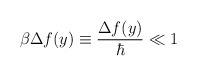
\begin{align*}\beta \Delta f(y)\equiv \frac{\Delta f(y)}{\hbar }\ll 1\end{align*}